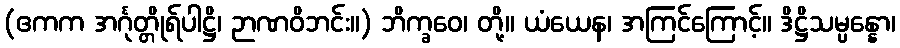
(ဧကက အင်္ဂုတ္တိုရ်ပါဋ္ဌိ၊ ဉာဏဝိဘင်း။) ဘိက္ခဝေ၊ တို့။ ယံယေန၊ အကြင်ကြောင့်။ ဒိဋ္ဌိသမ္ပန္နော၊